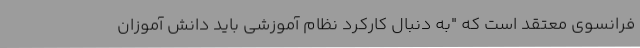
فرانسوی معتقد است که "به دنبال کارکرد نظام آموزشی باید دانش آموزان